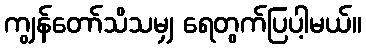
ကျွန်တော်သိသမျှ ရေတွက်ပြပါ့မယ်။